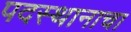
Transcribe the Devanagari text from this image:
पदस्थानाचा